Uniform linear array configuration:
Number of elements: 4
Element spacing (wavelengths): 1
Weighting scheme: cosine
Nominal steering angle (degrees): -60
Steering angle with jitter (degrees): -59.486
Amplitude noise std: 0.05
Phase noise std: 0.05

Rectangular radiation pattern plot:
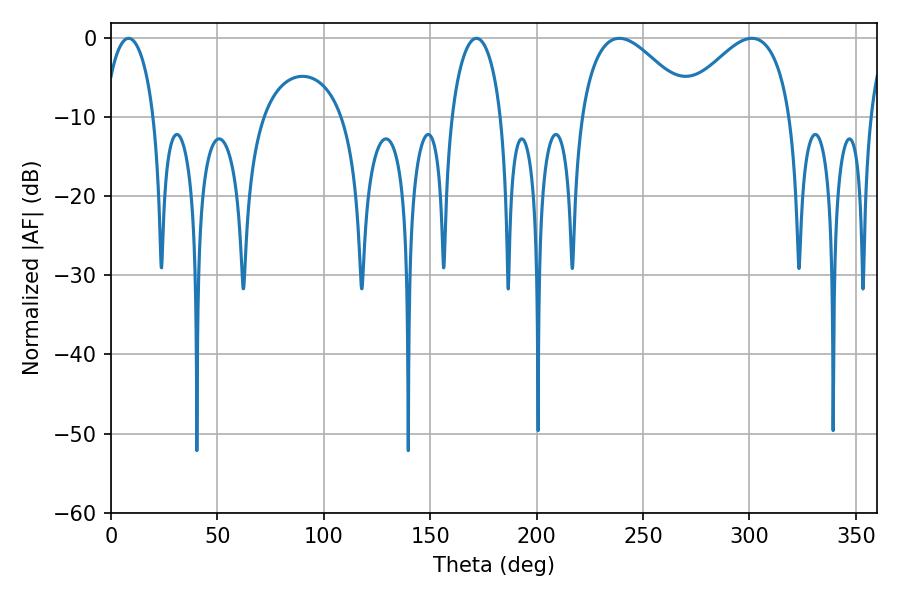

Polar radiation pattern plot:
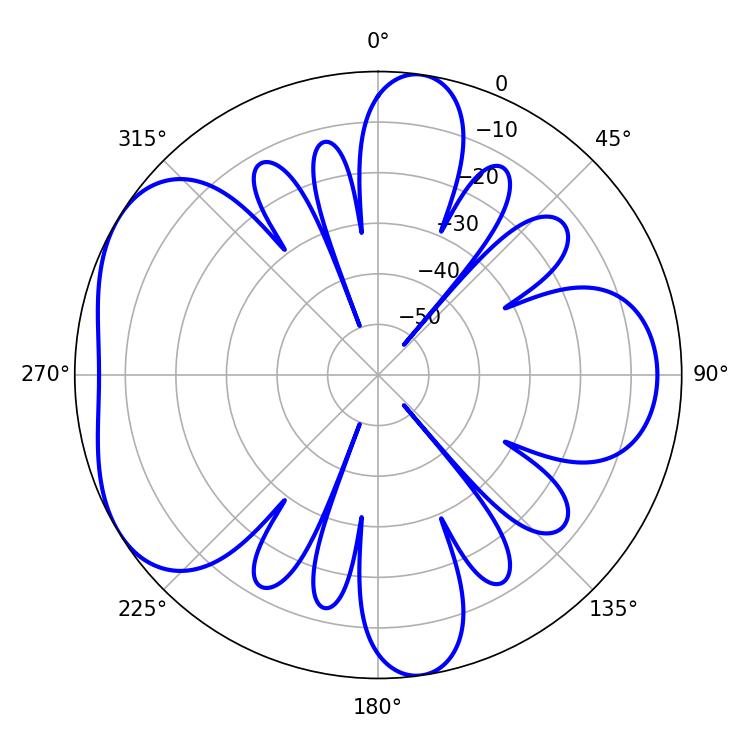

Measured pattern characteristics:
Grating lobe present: TRUE
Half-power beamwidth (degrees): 13.32
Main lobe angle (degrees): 8.28